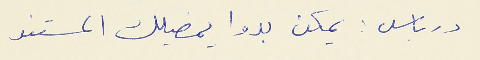
درباس : يمكن بدوا يمضيلك المستند